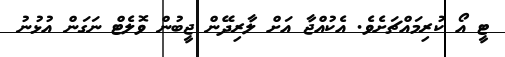
ޓީ އޯ ކުރިމައްޗަށެވެ. އެކުއްޖާ އަށް ލާރިދޭން ޖީބުން ވޮލެޓް ނަގަން އުޅުނު